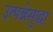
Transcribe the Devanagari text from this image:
उत्पन्नेसुद्धा